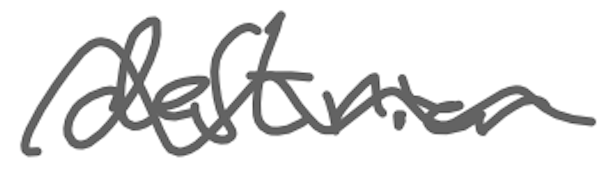
Text: destrier
Cross-out: wave
Writing tool: digital_gray